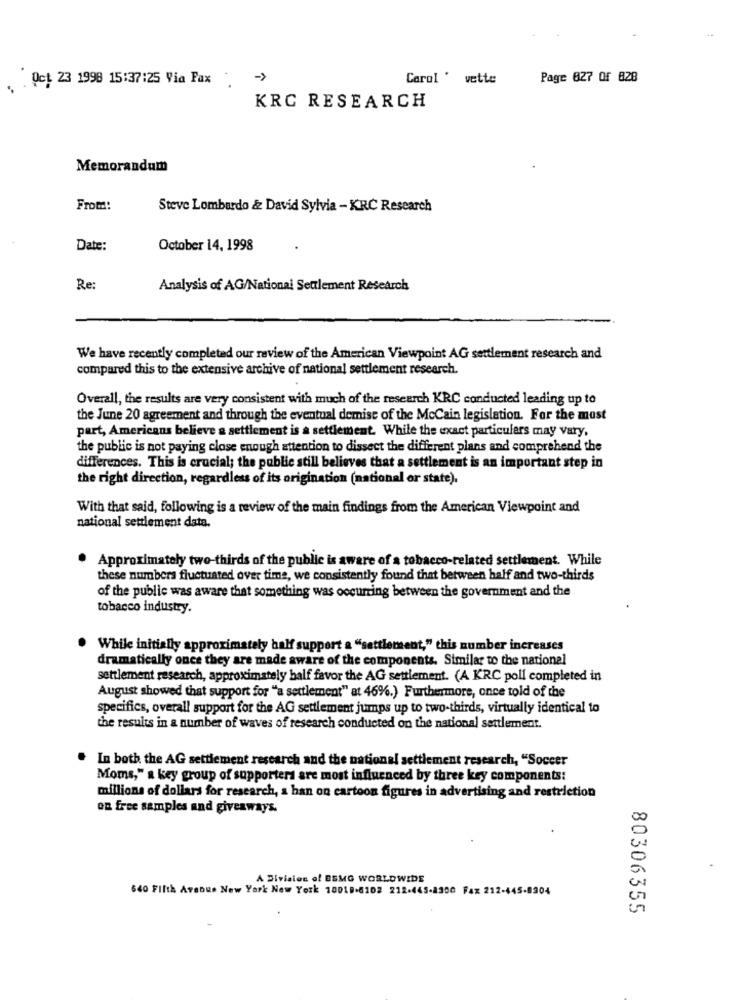
Oct 23 1998 15:37:25 Via Fax :- >
Carol ' vette
Page 827 Of 828
KRC RESEARCH
Memorandum
From:
Steve Lombardo & David Sylvia - KRC Research
Date:
October 14, 1998
Re
Analysis of AG/National Settlement Research
We have recently completed our review of the American Viewpoint AG settlement research and
compared this to the extensive archive of national settlement research.
Overall, the results are very consistent with much of the research KRC conducted leading up to
the June 20 agreement and through the eventual demise of the McCain legislation. For the most
part, Americans believe a settlement is a settlement. While the exact particulars may vary,
the public is not paying close enough attention to dissect the different plans and comprehend the
differences. This is crucial; the public still believes that a settlement is an important step in
the right direction, regardless of its origination (national or state).
With that said, following is a review of the main findings from the American Viewpoint and
national settlement data.
Approximately two-thirds of the public is aware of a tobacco-related settlement. While
these numbers fluctuated over time, we consistently found that between half and two-thirds
of the public was aware that something was occurring between the government and the
tobacco industry.
While initially approximately half support a "settlement," this number increases
dramatically once they are made aware of the components. Similar to the national
settlement research, approximately half favor the AG settlement. (A KRC poll completed in
August showed that support for "a settlement" at 46%.) Furthermore, once told of the
specifics, overall support for the AG settlement jumps up to two-thirds, virtually identical to
the results in a number of waves of research conducted on the national settlement.
In both the AG settlement research and the national settlement research, "Soccer
Moms," a key group of supporters are most influenced by three key components:
millions of dollars for research, a han on cartoon figures in advertising and restriction
on free samples and giveaways.
A Division of ESMG WORLDWIDE
640 Fifth Avenue New York New York 10018-8102 212-445-8300 Fax 212-445-8304
80306355